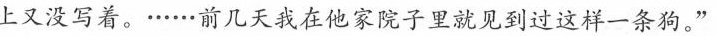
上又没写着。······前几天我在他家院子里就见到过这样一条狗。”